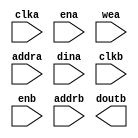
module xil_blk_mem_gen_v7_2_dp36x64(
  clka,
  ena,
  wea,
  addra,
  dina,
  clkb,
  enb,
  addrb,
  doutb
);

input clka;
input ena;
input [0 : 0] wea;
input [5 : 0] addra;
input [35 : 0] dina;
input clkb;
input enb;
input [5 : 0] addrb;
output [35 : 0] doutb;

// synthesis translate_off

  BLK_MEM_GEN_V7_2 #(
    .C_ADDRA_WIDTH(6),
    .C_ADDRB_WIDTH(6),
    .C_ALGORITHM(2),
    .C_AXI_ID_WIDTH(4),
    .C_AXI_SLAVE_TYPE(0),
    .C_AXI_TYPE(1),
    .C_BYTE_SIZE(9),
    .C_COMMON_CLK(0),
    .C_DEFAULT_DATA("0"),
    .C_DISABLE_WARN_BHV_COLL(1),
    .C_DISABLE_WARN_BHV_RANGE(1),
    .C_ENABLE_32BIT_ADDRESS(0),
    .C_FAMILY("spartan6"),
    .C_HAS_AXI_ID(0),
    .C_HAS_ENA(1),
    .C_HAS_ENB(1),
    .C_HAS_INJECTERR(0),
    .C_HAS_MEM_OUTPUT_REGS_A(0),
    .C_HAS_MEM_OUTPUT_REGS_B(0),
    .C_HAS_MUX_OUTPUT_REGS_A(0),
    .C_HAS_MUX_OUTPUT_REGS_B(0),
    .C_HAS_REGCEA(0),
    .C_HAS_REGCEB(0),
    .C_HAS_RSTA(0),
    .C_HAS_RSTB(0),
    .C_HAS_SOFTECC_INPUT_REGS_A(0),
    .C_HAS_SOFTECC_OUTPUT_REGS_B(0),
    .C_INIT_FILE_NAME("no_coe_file_loaded"),
    .C_INITA_VAL("0"),
    .C_INITB_VAL("0"),
    .C_INTERFACE_TYPE(0),
    .C_LOAD_INIT_FILE(0),
    .C_MEM_TYPE(1),
    .C_MUX_PIPELINE_STAGES(0),
    .C_PRIM_TYPE(1),
    .C_READ_DEPTH_A(64),
    .C_READ_DEPTH_B(64),
    .C_READ_WIDTH_A(36),
    .C_READ_WIDTH_B(36),
    .C_RST_PRIORITY_A("CE"),
    .C_RST_PRIORITY_B("CE"),
    .C_RST_TYPE("SYNC"),
    .C_RSTRAM_A(0),
    .C_RSTRAM_B(0),
    .C_SIM_COLLISION_CHECK("NONE"),
    .C_USE_BYTE_WEA(0),
    .C_USE_BYTE_WEB(0),
    .C_USE_DEFAULT_DATA(0),
    .C_USE_ECC(0),
    .C_USE_SOFTECC(0),
    .C_WEA_WIDTH(1),
    .C_WEB_WIDTH(1),
    .C_WRITE_DEPTH_A(64),
    .C_WRITE_DEPTH_B(64),
    .C_WRITE_MODE_A("WRITE_FIRST"),
    .C_WRITE_MODE_B("WRITE_FIRST"),
    .C_WRITE_WIDTH_A(36),
    .C_WRITE_WIDTH_B(36),
    .C_XDEVICEFAMILY("spartan6")
  )
  inst (
    .CLKA(clka),
    .ENA(ena),
    .WEA(wea),
    .ADDRA(addra),
    .DINA(dina),
    .CLKB(clkb),
    .ENB(enb),
    .ADDRB(addrb),
    .DOUTB(doutb),
    .RSTA(),
    .REGCEA(),
    .DOUTA(),
    .RSTB(),
    .REGCEB(),
    .WEB(),
    .DINB(),
    .INJECTSBITERR(),
    .INJECTDBITERR(),
    .SBITERR(),
    .DBITERR(),
    .RDADDRECC(),
    .S_ACLK(),
    .S_ARESETN(),
    .S_AXI_AWID(),
    .S_AXI_AWADDR(),
    .S_AXI_AWLEN(),
    .S_AXI_AWSIZE(),
    .S_AXI_AWBURST(),
    .S_AXI_AWVALID(),
    .S_AXI_AWREADY(),
    .S_AXI_WDATA(),
    .S_AXI_WSTRB(),
    .S_AXI_WLAST(),
    .S_AXI_WVALID(),
    .S_AXI_WREADY(),
    .S_AXI_BID(),
    .S_AXI_BRESP(),
    .S_AXI_BVALID(),
    .S_AXI_BREADY(),
    .S_AXI_ARID(),
    .S_AXI_ARADDR(),
    .S_AXI_ARLEN(),
    .S_AXI_ARSIZE(),
    .S_AXI_ARBURST(),
    .S_AXI_ARVALID(),
    .S_AXI_ARREADY(),
    .S_AXI_RID(),
    .S_AXI_RDATA(),
    .S_AXI_RRESP(),
    .S_AXI_RLAST(),
    .S_AXI_RVALID(),
    .S_AXI_RREADY(),
    .S_AXI_INJECTSBITERR(),
    .S_AXI_INJECTDBITERR(),
    .S_AXI_SBITERR(),
    .S_AXI_DBITERR(),
    .S_AXI_RDADDRECC()
  );

// synthesis translate_on

endmodule